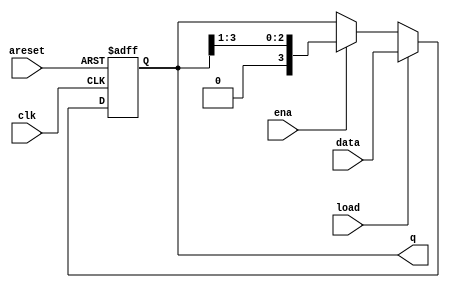
`default_nettype none
module top_module(
    input clk,
    input areset,  // async active-high reset to zero
    input load,
    input ena,
    input [3:0] data,
    output reg [3:0] q);
    
    always@(posedge clk or posedge areset) begin
        if(areset)
            q<=0;
        else begin
            if(load)
                q<=data;
            else if(ena)
                q<= q>>1;
        end
    end

endmodule